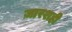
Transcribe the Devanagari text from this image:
ज़ारशही